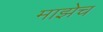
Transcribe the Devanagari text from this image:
माझेच